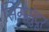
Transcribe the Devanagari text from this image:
सिगमुंदूर